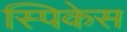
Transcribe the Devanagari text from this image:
स्पिकेस